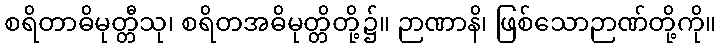
စရိတာဓိမုတ္တီသု၊ စရိတအဓိမုတ္တိတို့၌။ ဉာဏာနိ၊ ဖြစ်သောဉာဏ်တို့ကို။